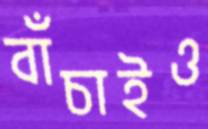
বাঁচাইও